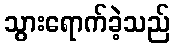
သွားရောက်ခဲ့သည်